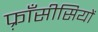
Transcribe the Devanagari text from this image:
फ़्राँसीसियों